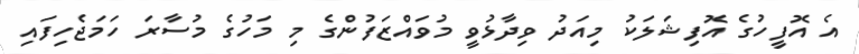
އެ އޮފީހުގެ އޮފިޝަލަކު މިއަދު ވިދާޅުވީ މުވައްޒަފުންގެ މި މަހުގެ މުސާރަ ހަމަޖެހިފައި